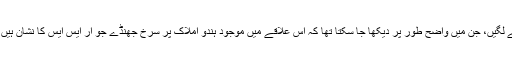
کل جب امریکی صدر کا جہاز احمد آباد میں اتر رہا تھا، اس وقت تصاویر منظر عام پر آنے لگیں، جن میں واضح طور پر دیکھا جا سکتا تھا کہ اس علاقے میں موجود ہندو املاک پر سرخ جھنڈے جو آر ایس ایس کا نشان ہیں، لگا دیئے گئے ہیں، تاکہ مسلمانوں کی املاک کی پہچان ہوسکے اور انہیں جلایا جا سکے۔